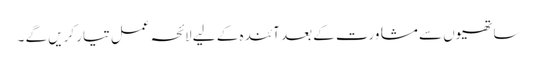
ساتھیوں سے مشاورت کے بعد آئندہ کے لیے لائحہ عمل تیار کریں گے ۔